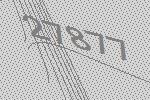
27877